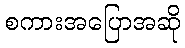
စကားအပြောအဆို